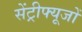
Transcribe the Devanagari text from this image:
सेंट्रीफ्यूजों